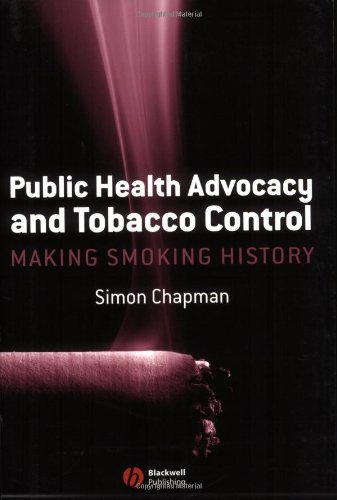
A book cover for Public Health Advocacy and Tobacco Control: Making Smoking History; Simon Chapman; Health, Fitness & Dieting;